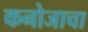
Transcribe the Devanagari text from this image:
कनोजाचा